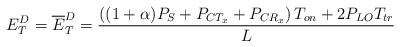
LaTeX: \begin{align*} E^{D}_{T} = \overline{E}^{D}_{T} = \frac{\left((1 +\alpha )P_{S} + P_{CT_x} + P_{CR_x}\right)T_{on} + 2P_{LO}T_{tr}}{L} \end{align*}